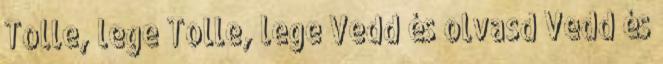
Tolle, lege Tolle, lege Vedd és olvasd Vedd és